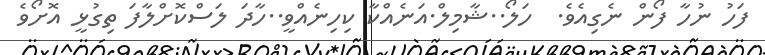
ފަހު ނުހާ ފޯން ނެގިއެވެ.  ހަލޯ..ޝާމިލް.އަނެއްކާ ކިހިނެއްވީ..ހާދަ ލަސްކޮށްލާފަ ތިގުޅީ އޮށޯވެ